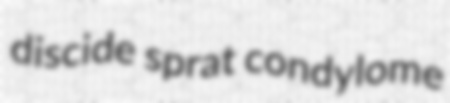
discide sprat condylome